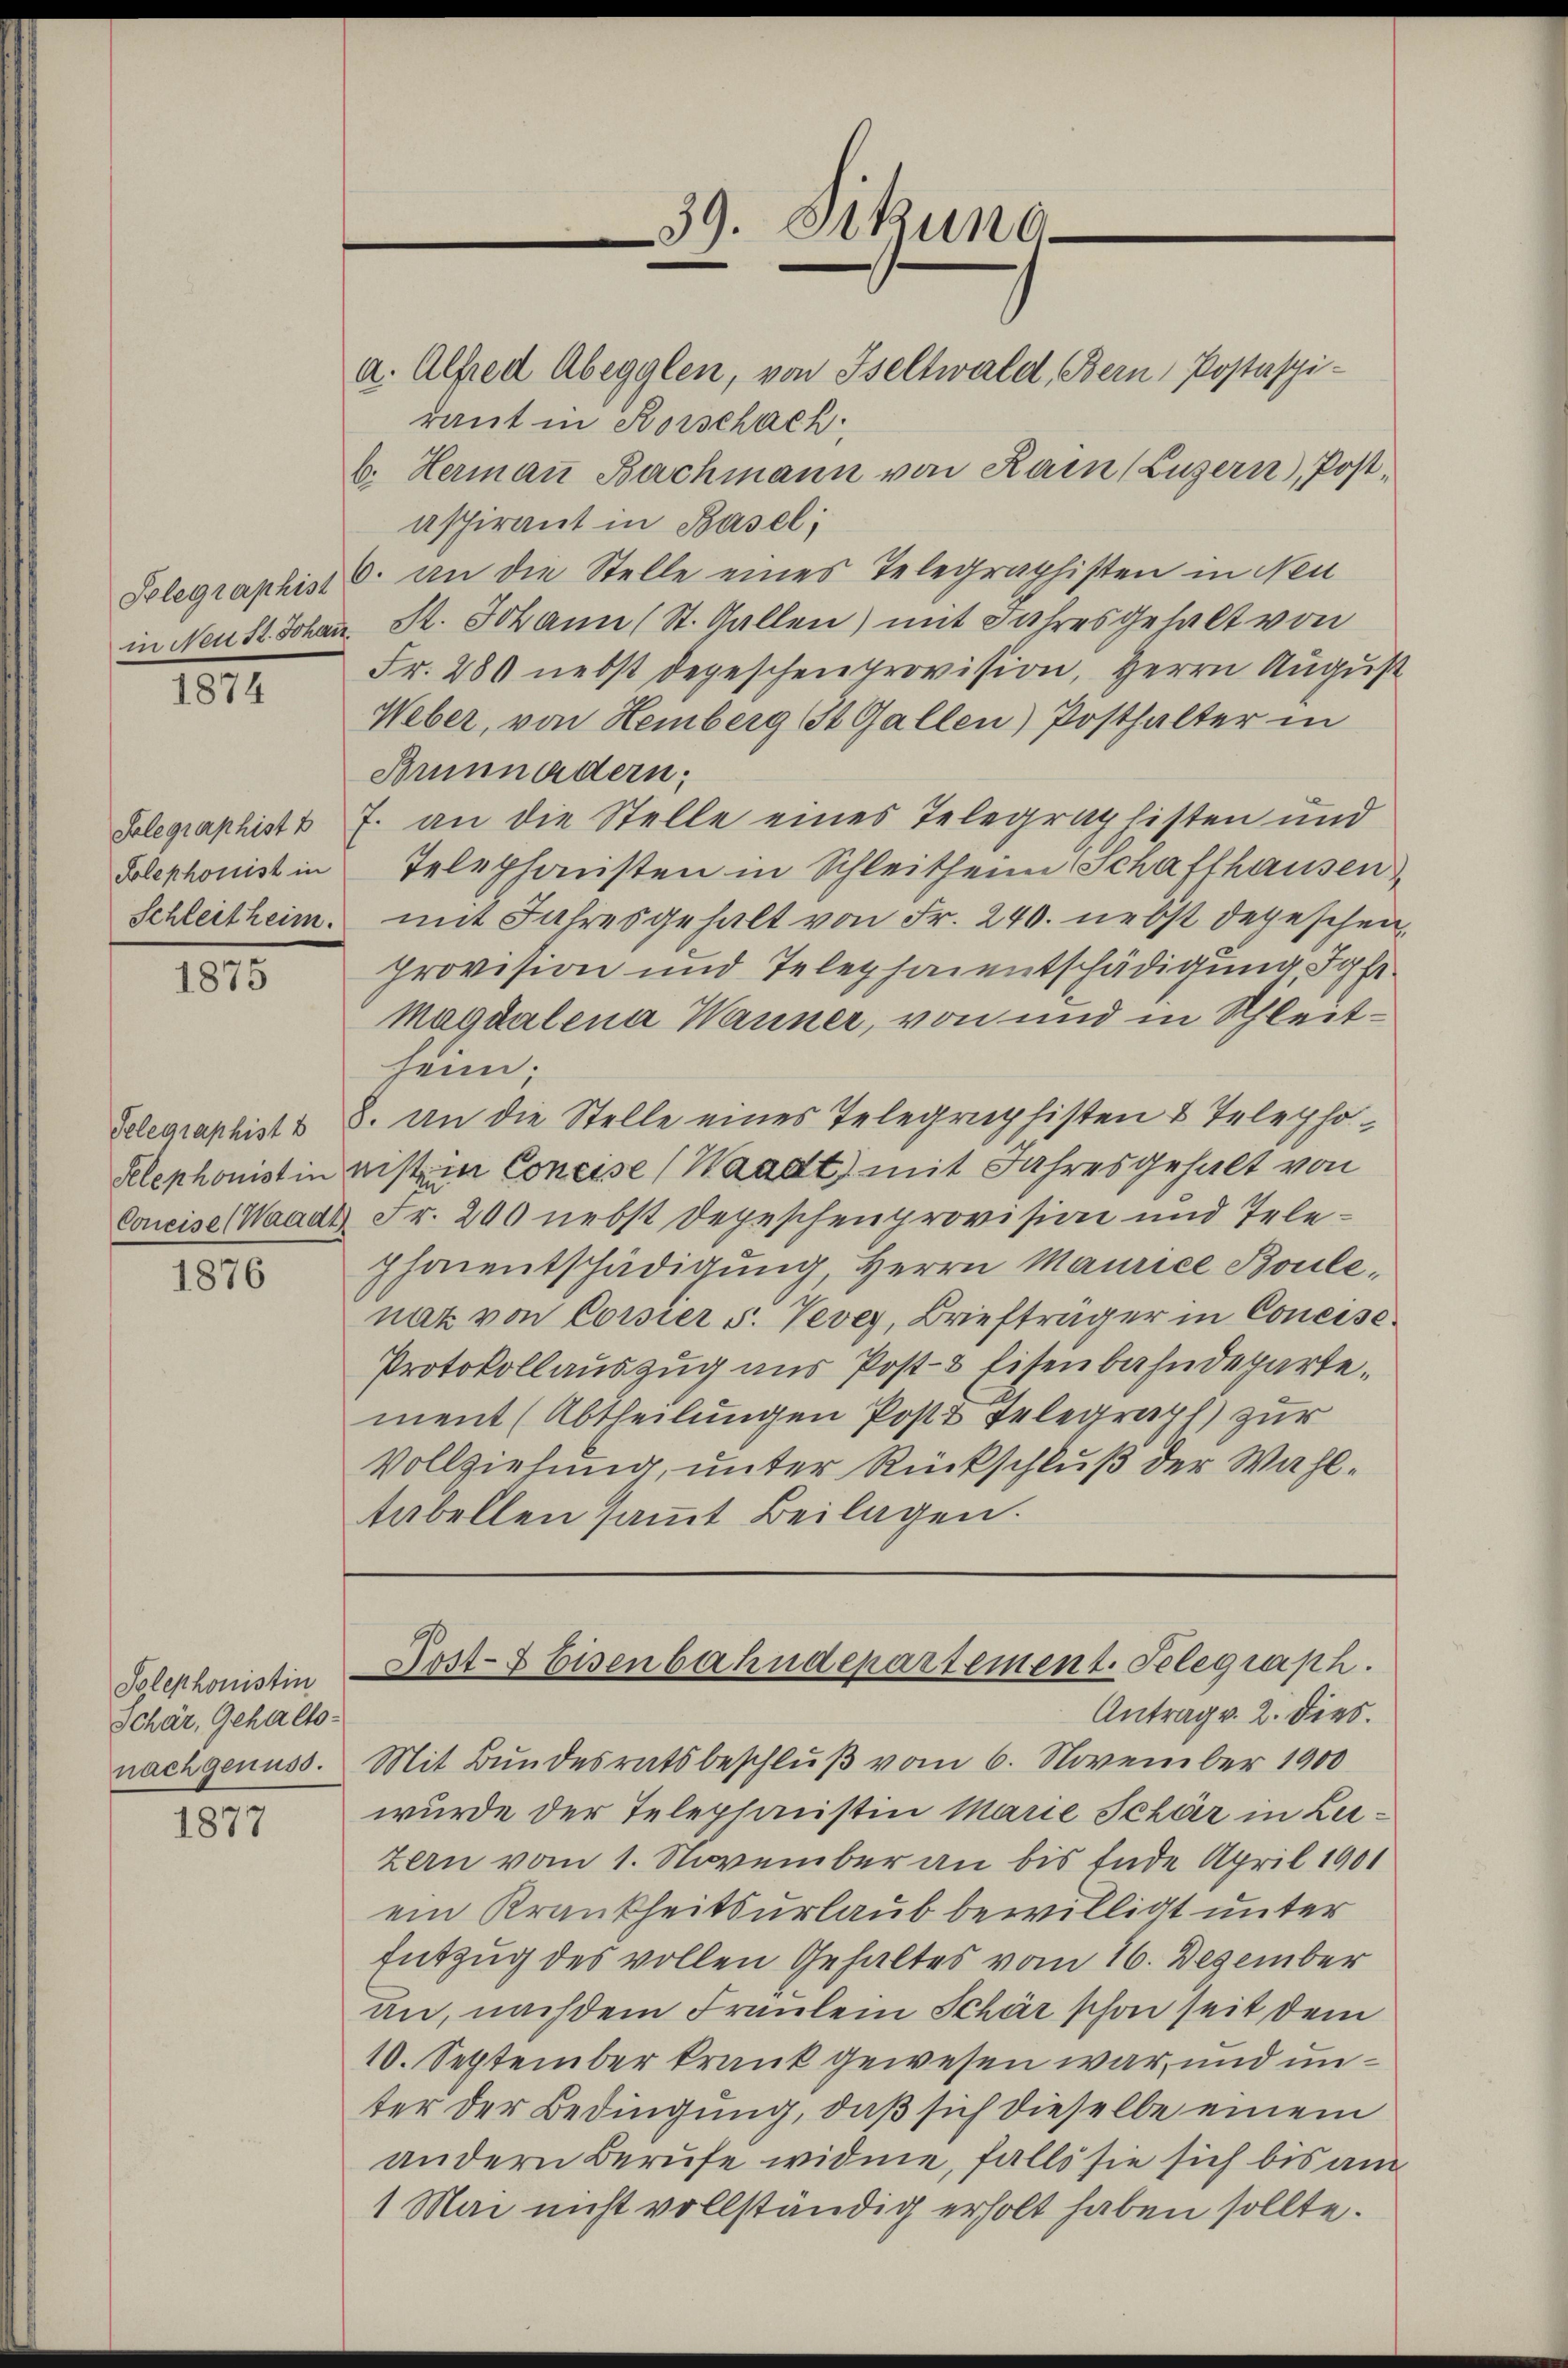
1874

Solegraphist
Polephonist in

1875

Pelephonist in

1876

Polephonistin
Schär, Gehaltsnach genuss.

1877

a. Alfred Abegglen, von Iseltwald, Bern, Postaspi-
raut in Rorschach
b. Hermaṅ Bachmann von Rain (Luzern, Postaspirant in Basel;
Selegraphis 6. an die Stelle eines Telegraphisten in Neu
in Neust Johan St. Johann (St. Gallen) mit Jahresgehalt von
Fr. 280 nebst depeschenprovision, Herrn August
Weber, von Hemberg St. Gallen) Posthalter in
Brünnadern;
7. an die Stelle eines Telegraphisten und
Telephonsten in Schleitheim Schaffhausen
Schleitheim. mit Jahresgehalt von Fr. 240. nebst depeschen
provision und Telephaientschädigung, Sofe
Magdalena Wanner, von und in Schleitheim;
Gelegraphist 8. An die Stelle eines Telegraphisten & Telepho-
nist in Concise (Waadt) mit Jahresgehalt von
Coneise (Waadt Fr. 200 nebst Depeschenprovision und Telephaientschädigung, Herrn Maurice Boule,
nat von Corsier s. Vevey, Briefträger in Concisc¬
Protokollauszug aus Post- & Eisenbahndepartement (Abtheilungen Post Telegraph) zur
Vollziehung, unter Rückschluß der Wahltabellen saṁt Beilagen.

39. Sekun
e

Host- & Eisenbahndepartement. Telegraph.

Antrag v. 2. dies
Mit Bundesratsbeschluß vom 6. November 1900
wurde der Telephonistin Marie Schär in Luzern vom 1. November an bis Ende April 1901
ein Krankheitsurlaub bewilligt unter
Entzug des vollen Gehaltes vom 16. Dezember
an, nachdem Fraulein Schär schon seit dem
10. September krank gewesen war, und unter der Bedingung, daß sich dieselbe einem
andern Berufe widme, falls sie sich bis am
1 Mai nicht vollständig erholt haben sollte.